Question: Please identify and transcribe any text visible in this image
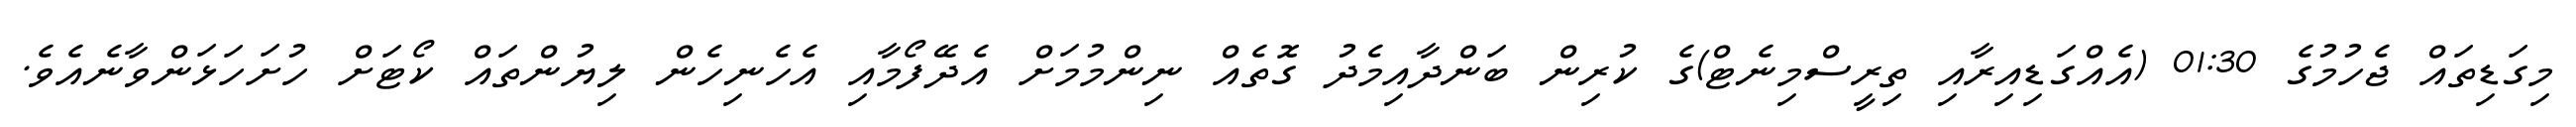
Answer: މިގަޑިތައް ޖެހުމުގެ 01:30 (އެއްގަޑިއިރާއި ތިރީސްމިނެޓް)ގެ ކުރިން ބަންދާއިމެދު ގޮތެއް ނިންމުމަށް އެދޭފޯމާއި އެހެނިހެން ލިޔުންތައް ކޯޓަށް ހުށަހަޅަންވާނެއެވެ.